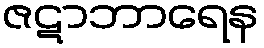
ဇဋာဘာရေန